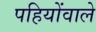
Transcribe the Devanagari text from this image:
पहियोंवाले